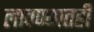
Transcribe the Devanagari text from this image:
लावण्यातही